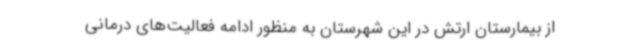
از بیمارستان ارتش در این شهرستان به منظور ادامه فعالیت‌های درمانی